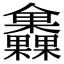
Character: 𣡰